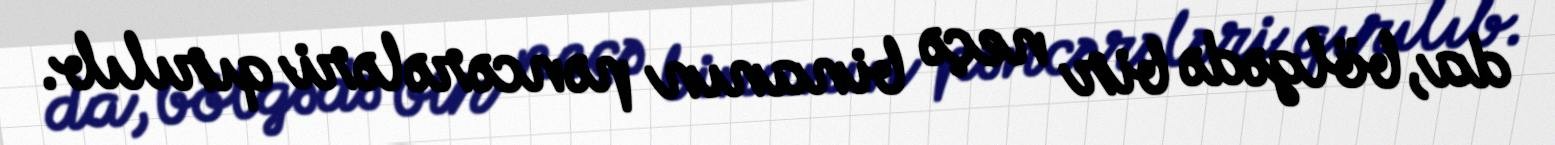
da, bölgədə bir neçə binanın pəncərələri qırılıb.